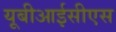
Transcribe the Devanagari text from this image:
यूबीआईसीएस